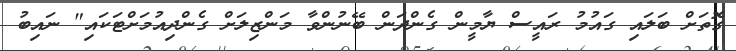
ގޮތަށް ބަލައި ގައުމު ރައީސް ޔާމީން ގެންދަން ބޭނުންވާ މަންޒިލަށް ގެންދިއުމަށްޓަކައި" ނައިބު